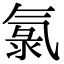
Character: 氯